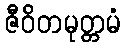
ဇီဝိတမုတ္တမံ